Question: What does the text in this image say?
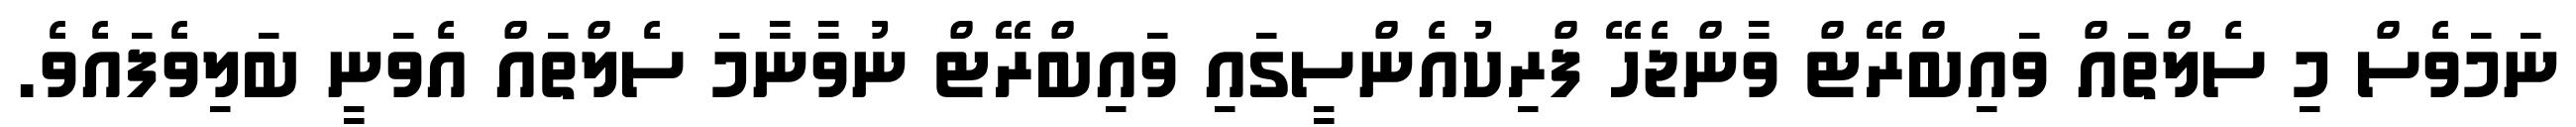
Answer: ނަމަވެސް މި ސެލްތައް ވައިބްރޭޓް ވާންޖެހޭ ފްރިކުއެންސީގައި ވައިބްރޭޓް ނުވާނާމަ ސެލްތައް އެވަނީ ބަލިވެފައެވެ.